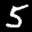
Digit: 5